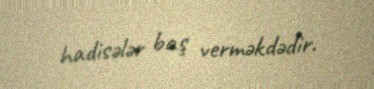
hadisələr baş verməkdədir.